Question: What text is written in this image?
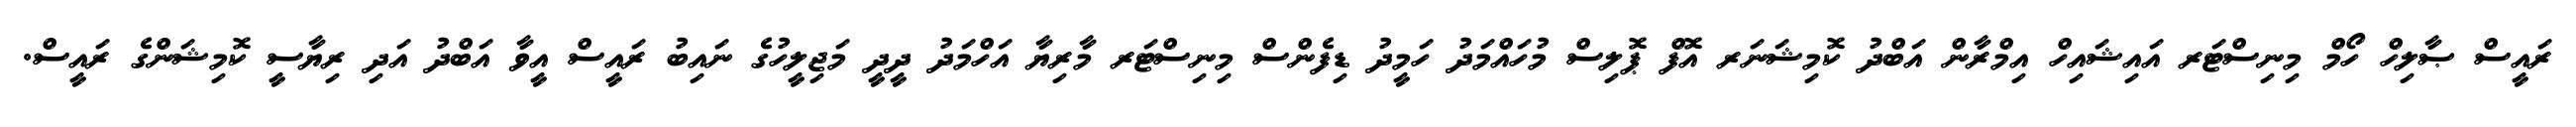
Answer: ރައީސް ޞާލިހް ހޯމް މިނިސްޓަރ އައިޝައިހް އިމްރާން އަބްދު ކޮމިޝަނަރ އޮފް ޕޮލިސް މުހައްމަދު ހަމީދު ޑިފެންސް މިނިސްޓަރ މާރިޔާ އަހްމަދު ދީދީ މަޖިލީހުގެ ނައިބު ރައީސް އީވާ އަބްދު އަދި ރިޔާސީ ކޮމިޝަންގެ ރައީސް.